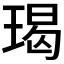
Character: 𭹨